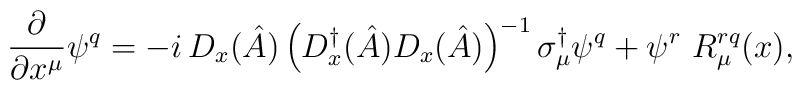
\frac{\partial}{\partial x^\mu}\psi^q=- i\,D_x(\hat A)\left(D_x^\dagger(\hat A)D_x(\hat A)\right)^{-1}\sigma_\mu^\dagger\psi^q+\psi^r~R_\mu^{rq}(x),